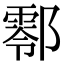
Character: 𨞖